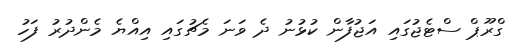
ގްރޫޕް ސްޓެޖުގައި އަޖުފާން ކުޅުނު ދެ ވަނަ މެޗުގައި އިއްޔެ މެންދުރު ފަހު